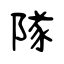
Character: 隊